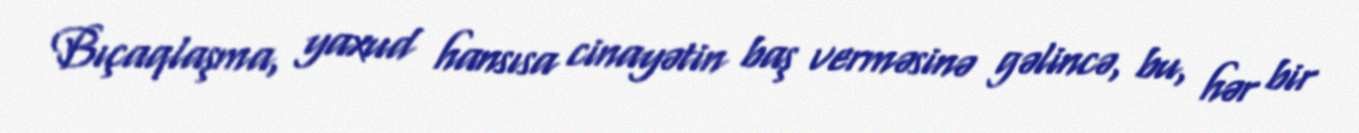
Bıçaqlaşma, yaxud hansısa cinayətin baş verməsinə gəlincə, bu, hər bir